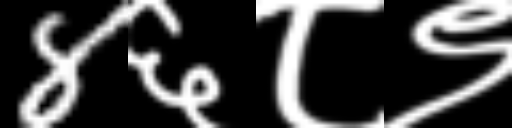
Text: 8६८९